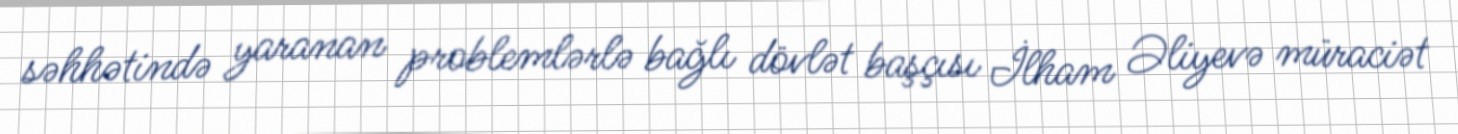
səhhətində yaranan problemlərlə bağlı dövlət başçısı İlham Əliyevə müraciət